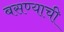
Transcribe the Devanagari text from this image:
बसण्‍याची